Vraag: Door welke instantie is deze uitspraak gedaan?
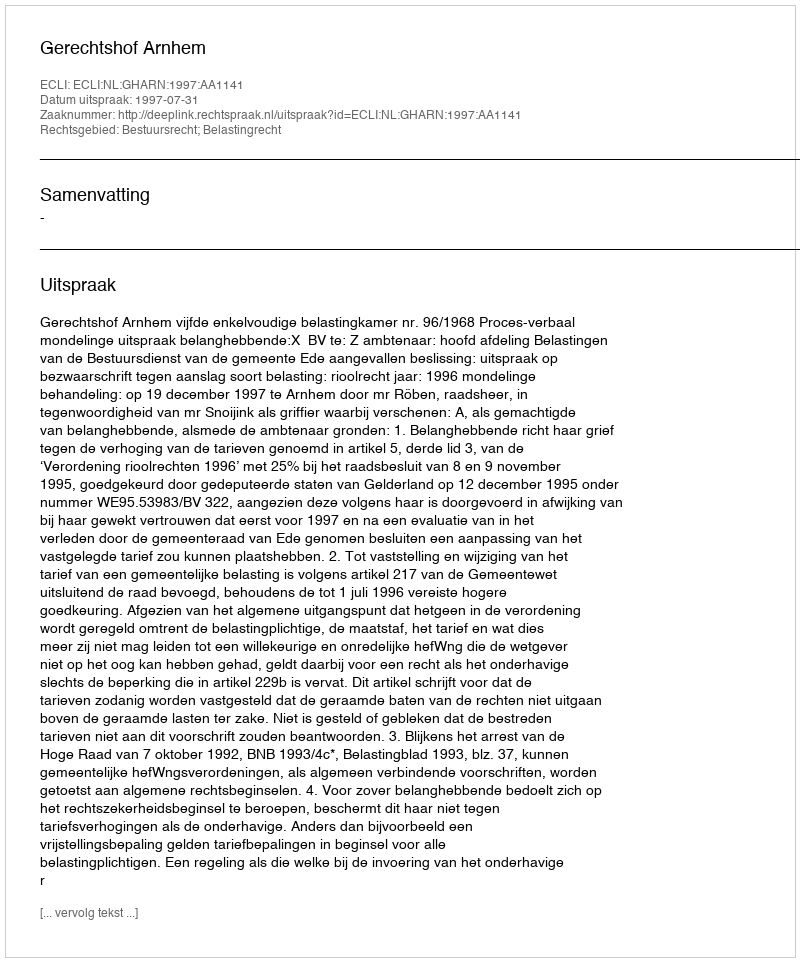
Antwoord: Gerechtshof Arnhem